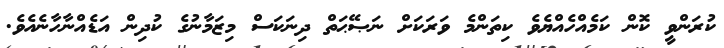
ކުރަންވީ ކޮން ކަމެއްހެއްޔެވެ ކިތަންމެ ވަަރަކަށް ނަޞޭޙަތް ދިނަކަސް މިޒަމާނުގެ ކުދިން އަޑެއްނާހާނެއެވެ.